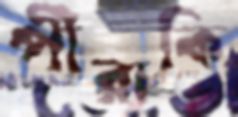
পীরাকি